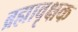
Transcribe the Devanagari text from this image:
ब्रह्मावृक्षक